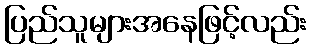
ပြည်သူများအနေဖြင့်လည်း